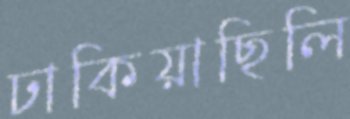
ঢাকিয়াছিলি